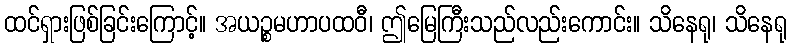
ထင်ရှားဖြစ်ခြင်းကြောင့်။ အယဉ္စမဟာပထဝီ၊ ဤမြေကြီးသည်လည်းကောင်း။ သိနေရု၊ သိနေရု